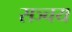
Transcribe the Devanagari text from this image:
सञ्चय